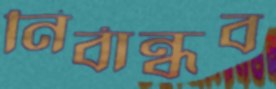
নির্বান্ধব